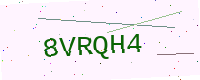
Text: 8VRQH4